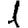
Digit: 1